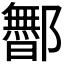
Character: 𬪡